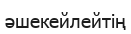
әшекейлейтің